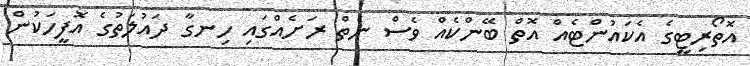
އޮތޯރިޓީގެ އެކައުންޓެއް އޮތް ބޭންކެއް ވެސް ނެތް ރަށެއްގައި ހިނގާ ދައުލަތުގެ އޮފީހަކުން